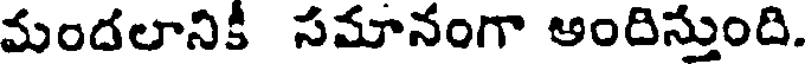
మందలానికీ సమానంగా అందిస్తుంది.